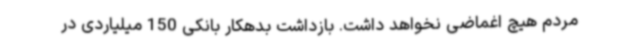
مردم هیچ اغماضی نخواهد داشت. بازداشت بدهکار بانکی 150 میلیاردی در